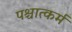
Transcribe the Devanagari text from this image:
पश्चात्कर्म